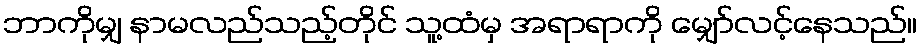
ဘာကိုမျှ နာမလည်သည့်တိုင် သူ့ထံမှ အရာရာကို မျှော်လင့်နေသည်။